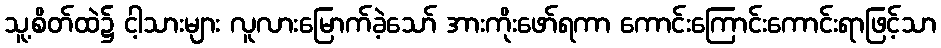
သူ့စိတ်ထဲ၌ ငါ့သားများ လူလားမြောက်ခဲ့သော် အားကိုးဖော်ရကာ ကောင်းကြောင်းကောင်းရာဖြင့်သာ